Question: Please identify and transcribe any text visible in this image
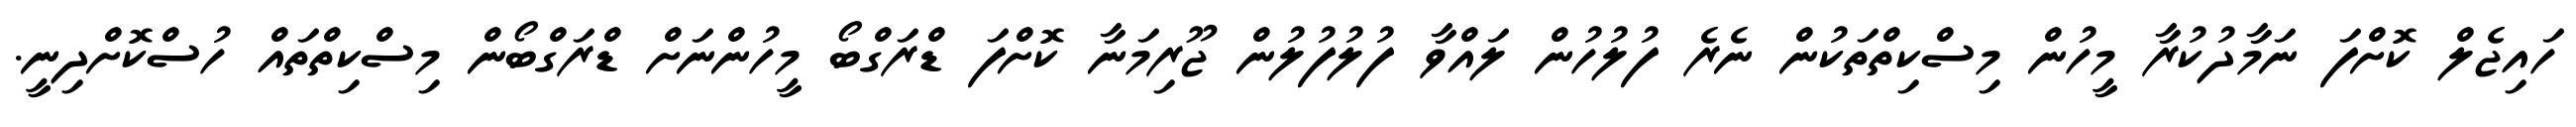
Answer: ހައިޖެލް ކޮށްފަ ނަމާދުކުރާ މީހުން މިސްކިތްތަކުން ނެރެ ފުލުހުން ލައްވާ ފުލުފުލުން ޖޫރިމަނާ ކޮށްފަ ޑްރަގްބޯ މީހުންނަށް ޑްރަގްބޯން މިސްކިތްތައް ހުސްކޮށްދިނީ.